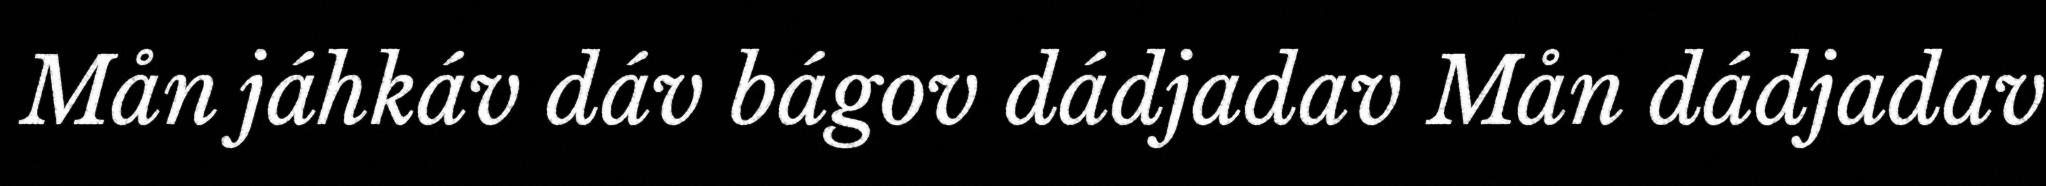
Mån jáhkáv dáv bágov dádjadav Mån dádjadav